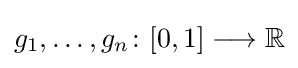
g_{1},\dotsc ,g_{n}\colon [0,1]\longrightarrow \mathbb {R}